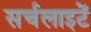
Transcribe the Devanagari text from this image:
सर्चलाइटें